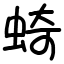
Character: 䗁